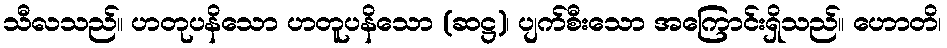
သီလသည်။ ဟတုပနိသော ဟတူပနိသော (ဆဋ္ဌ)၊ ပျက်စီးသော အကြောင်းရှိသည်။ ဟောတိ၊